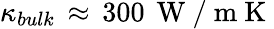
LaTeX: \kappa_{bulk}\, \approx\, 300\, \mathrm{~W~/~m~K~}